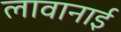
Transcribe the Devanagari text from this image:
लावानाई